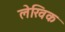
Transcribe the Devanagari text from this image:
लेखिक